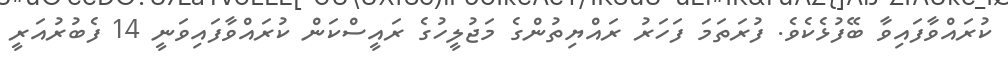
ކުރައްވާފައިވާ ބޭފުޅެކެވެ. ފުރަތަމަ ފަހަރު ރައްޔިތުންގެ މަޖުލީހުގެ ރައީސްކަން ކުރައްވާފައިވަނީ 14 ފެބުރުއަރީ